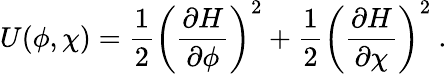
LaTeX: U(\phi,\chi)=\frac{1}{2}\left(\frac{\partial H}{\partial\phi}\right)^{2}+\frac{1}{2}\left(\frac{\partial H}{\partial\chi}\right)^{2}~.